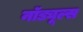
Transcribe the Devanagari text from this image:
नॉड्यूल्स